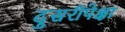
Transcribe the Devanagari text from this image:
दुसरीपेक्षा